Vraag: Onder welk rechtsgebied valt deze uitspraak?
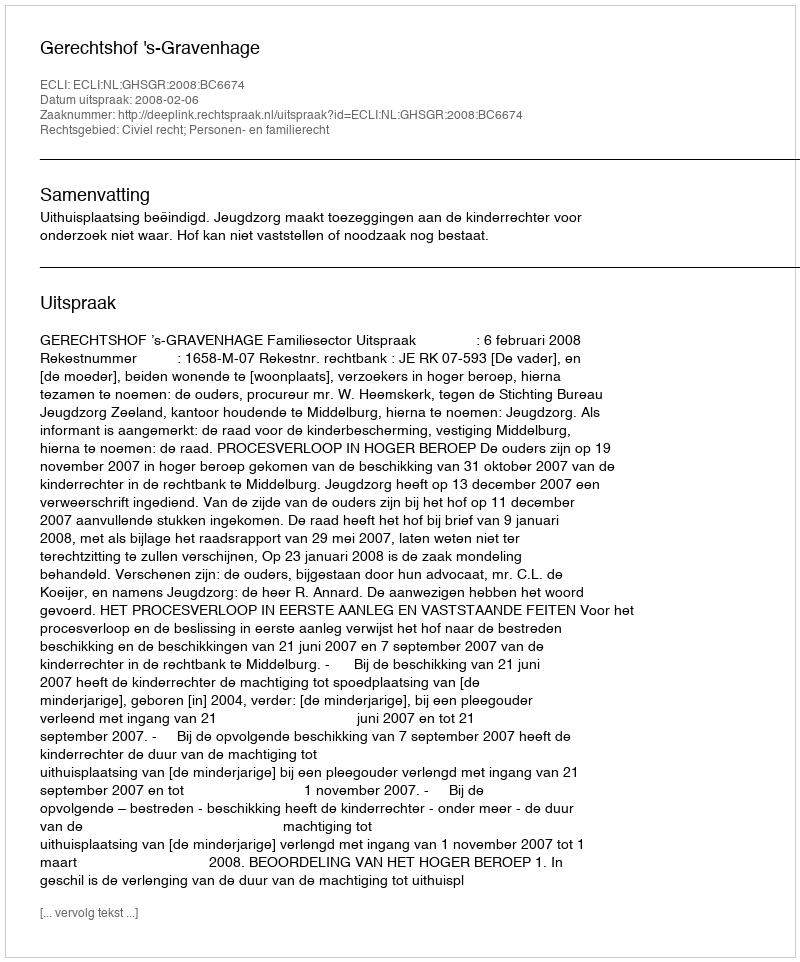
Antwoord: Civiel recht; Personen- en familierecht